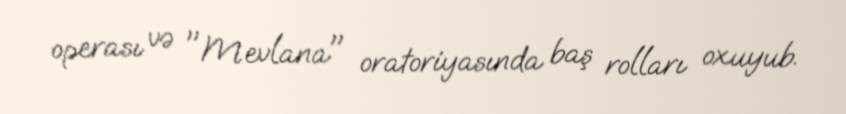
operası və "Mevlana" oratoriyasında baş rolları oxuyub.